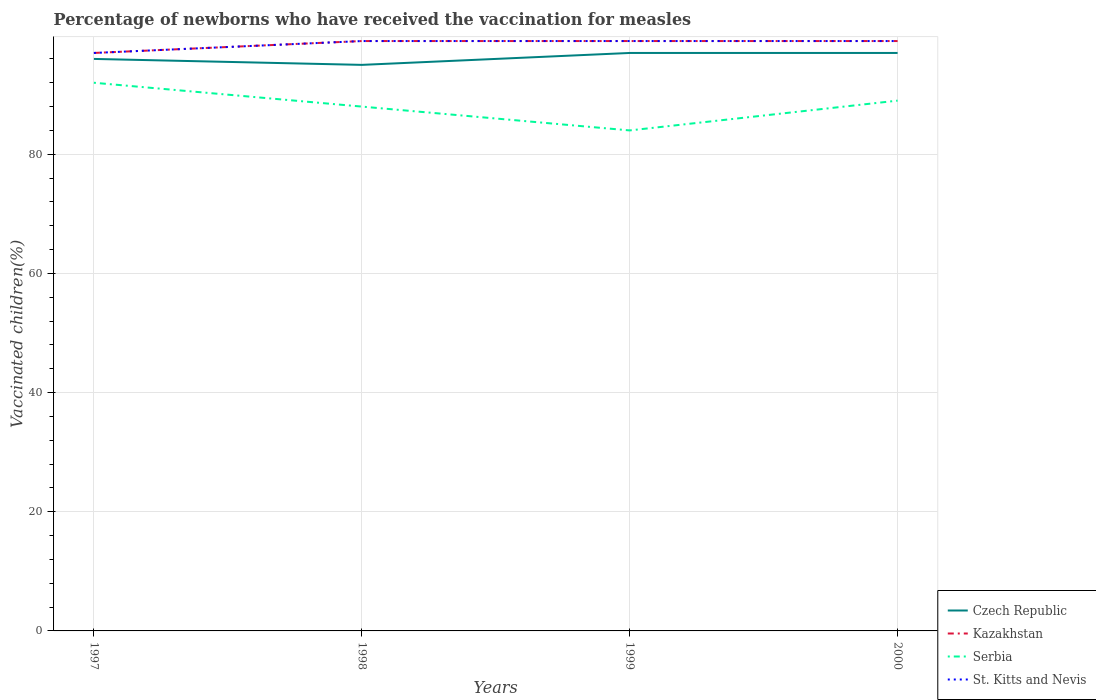
| Years | Czech Republic | Kazakhstan | Serbia | St. Kitts and Nevis |
 | --- | --- | --- | --- | --- |
 | 1997 | 96 | 97 | 92 | 97 |
 | 1998 | 95 | 99 | 88 | 99 |
 | 1999 | 97 | 99 | 84 | 99 |
 | 2000 | 97 | 99 | 89 | 99 |